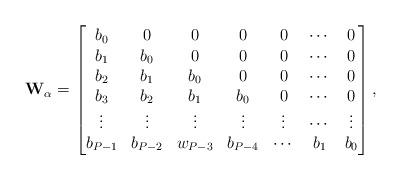
LaTeX: \begin{align*}{\bf W}_\alpha= \begin{bmatrix}b_0&0&0&0&0&\cdots&0\\b_1&b_0&0&0&0&\cdots&0\\b_2&b_1&b_0&0&0&\cdots&0\\b_3&b_2&b_1&b_0&0&\cdots&0\\\vdots&\vdots&\vdots&\vdots &\vdots&\cdots&\vdots \\b_{P-1}&b_{P-2}&w_{P-3}&b_{P-4}&\cdots&b_1&b_0\end{bmatrix},\end{align*}